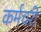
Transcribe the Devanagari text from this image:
कर्मचरी